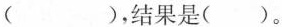
( )，结果是( )。